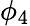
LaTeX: \phi_{4}